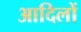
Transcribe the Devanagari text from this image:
आदिलों